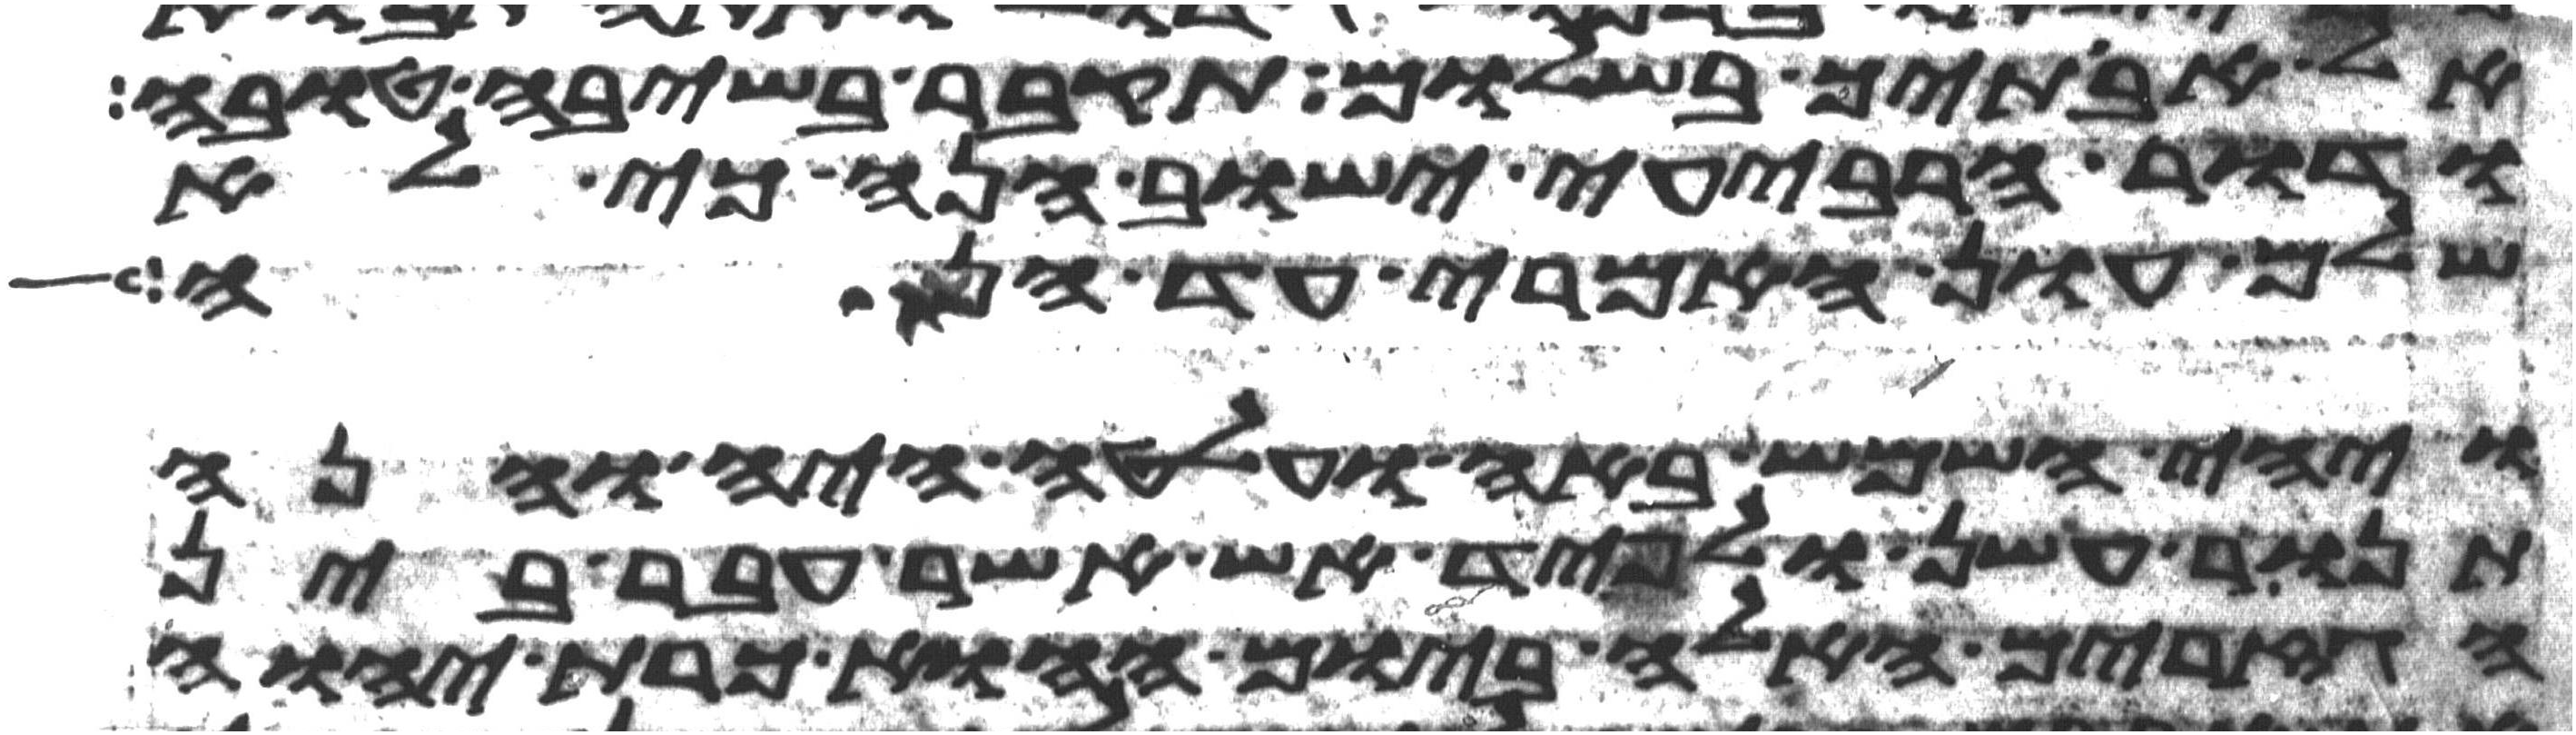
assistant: אל אבתיך בשלום תקבר בשיבה טובה
ודור הרביעי ישוב הנה כי לא
שלם עון האמרי עד הנה
ויהי השמש באה ועלטה היה והנה
תנור עשן ולפיד אש אשר עבר בין
הגזרים האלה ביום ההוא כרת יהוה